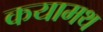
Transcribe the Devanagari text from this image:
कयामथ